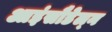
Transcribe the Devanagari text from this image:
आइंसौडेल्न